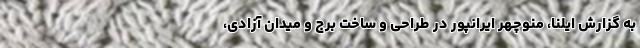
به گزارش ایلنا، منوچهر ایرانپور در طراحی و ساخت برج و میدان آزادی،